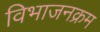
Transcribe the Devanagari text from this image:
विभाजनक्रम